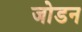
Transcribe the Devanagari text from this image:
जोडन